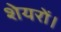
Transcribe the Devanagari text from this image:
शेयरों।